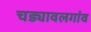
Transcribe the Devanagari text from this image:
चड्यावलगांव